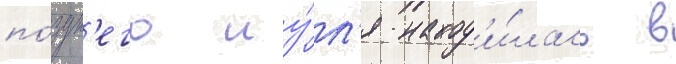
по́здн'его иу́л'я наход'и́лась в